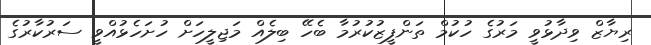
ރިޔާޒް ވިދާޅުވީ މަރުގެ ހުކުމް ތަންފީޒުކުރުމާ ބެހޭ ބިލެއް މަޖިލީހަށް ހުށަހެޅުއްވީ ސަރުކާރުގެ